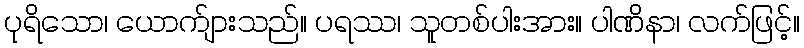
ပုရိသော၊ ယောက်ျားသည်။ ပရဿ၊ သူတစ်ပါးအား။ ပါဏိနာ၊ လက်ဖြင့်။